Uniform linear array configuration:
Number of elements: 32
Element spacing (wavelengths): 0.25
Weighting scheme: kaiser
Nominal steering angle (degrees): -30
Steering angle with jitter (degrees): -30.174
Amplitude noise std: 0.05
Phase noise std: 0.05

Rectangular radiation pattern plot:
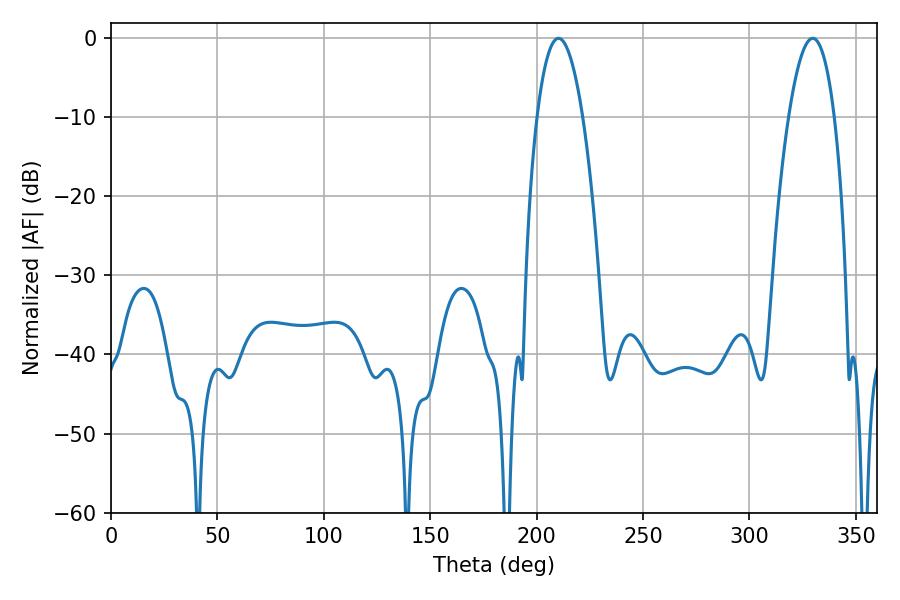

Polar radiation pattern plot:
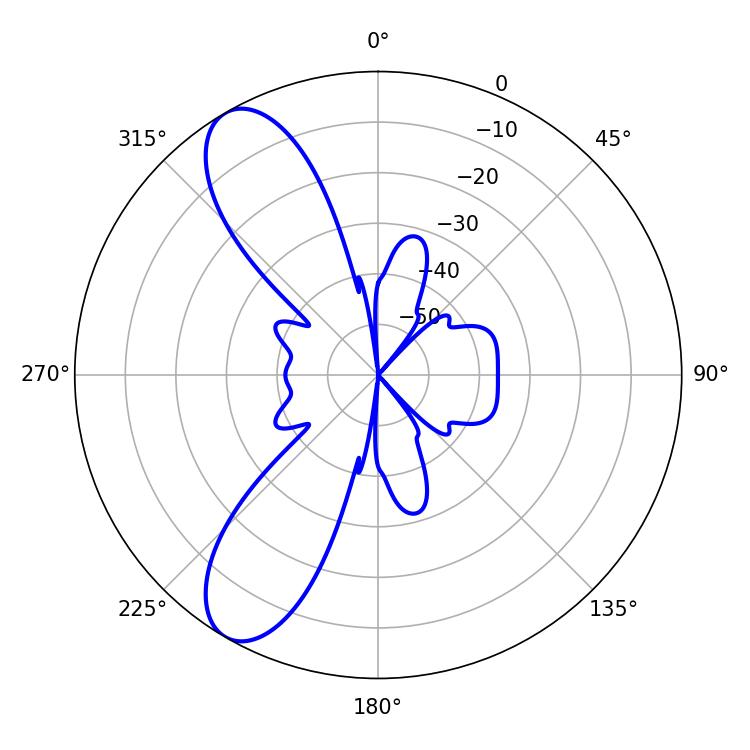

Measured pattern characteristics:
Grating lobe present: FALSE
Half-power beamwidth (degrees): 11.88
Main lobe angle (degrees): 210.24